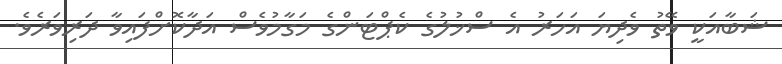
ޝަބާއަކީ ވޭތު ވެދިޔަ އަހަރު އެ ސްޚުލުގެ ކެޕްޓަންގެ މަގާމުވެސް އަދާކޮށްފައިވާ ދަރިވަރެވެ.